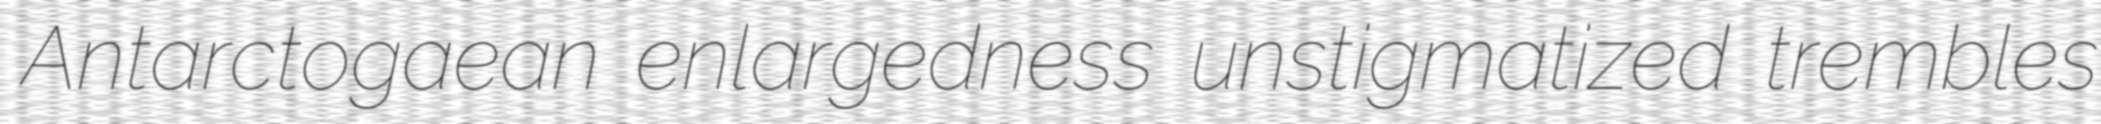
Antarctogaean enlargedness unstigmatized trembles